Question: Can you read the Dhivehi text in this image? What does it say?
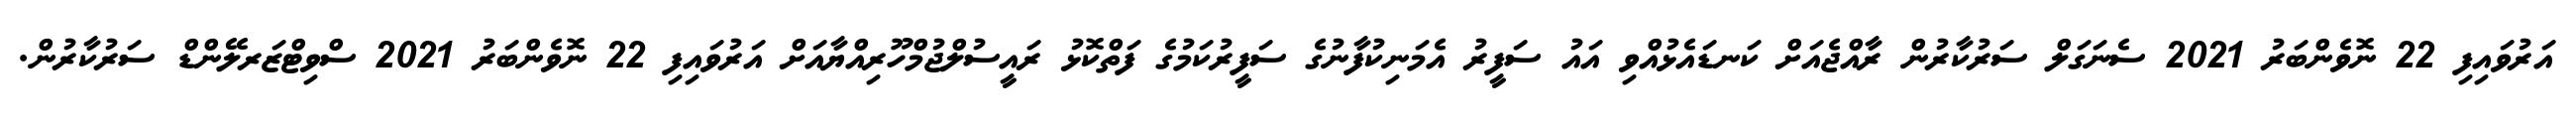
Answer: އަރުވައިފި 22 ނޮވެންބަރު 2021 ސެނަގަލް ސަރުކާރުން ރާއްޖެއަށް ކަނޑައެޅުއްވި އައު ސަފީރު އެމަނިކުފާނުގެ ސަފީރުކަމުގެ ފަތްކޮޅު ރައީސުލްޖުމްހޫރިއްޔާއަށް އަރުވައިފި 22 ނޮވެންބަރު 2021 ސްވިޓްޒަރލޭންޑް ސަރުކާރުން.